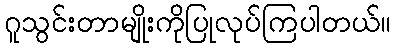
ဂူသွင်းတာမျိုးကိုပြုလုပ်ကြပါတယ်။